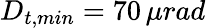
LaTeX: D_{t,min}=70\, \mu rad